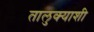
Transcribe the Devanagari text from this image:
तालुक्‍याशी